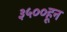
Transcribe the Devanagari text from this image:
३५००हून